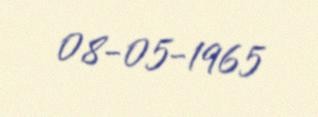
08-05-1965